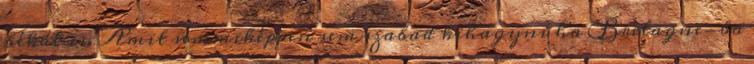
békát is. Amit semmiképpen sem szabad kihagyni ha Bretagne-ba